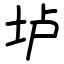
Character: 垆